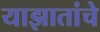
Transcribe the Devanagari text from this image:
याझातांचे